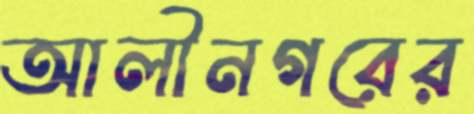
আলীনগরের